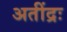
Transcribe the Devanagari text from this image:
अतींद्रः